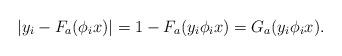
LaTeX: \begin{align*}|y_i-F_a(\phi_i x)|=1-F_a(y_i\phi_i x)=G_a(y_i\phi_i x).\end{align*}